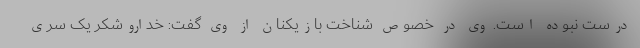
درست نبوده است. وی در خصوص شناخت بازیکنان از وی گفت: خداروشکر یک سری